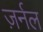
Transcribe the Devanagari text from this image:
ज़र्नल